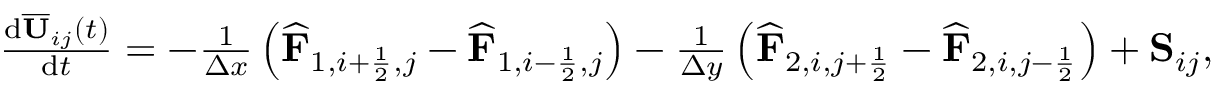
\begin{array} { r } { \frac { \mathrm { d } \overline { { \mathbf { U } } } _ { i j } ( t ) } { \mathrm { d } t } = - \frac { 1 } { \Delta x } \left( \widehat { \mathbf { F } } _ { 1 , i + \frac { 1 } { 2 } , j } - \widehat { \mathbf { F } } _ { 1 , i - \frac { 1 } { 2 } , j } \right) - \frac { 1 } { \Delta y } \left( \widehat { \mathbf { F } } _ { 2 , i , j + \frac { 1 } { 2 } } - \widehat { \mathbf { F } } _ { 2 , i , j - \frac { 1 } { 2 } } \right) + { \mathbf { S } } _ { i j } , } \end{array}